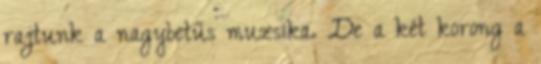
rajtunk a nagybetűs muzsika. De a két korong a